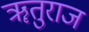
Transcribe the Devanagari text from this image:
ॠतुराज